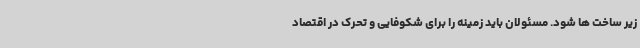
زیر ساخت ها شود. مسئولان باید زمینه را برای شکوفایی و تحرک در اقتصاد